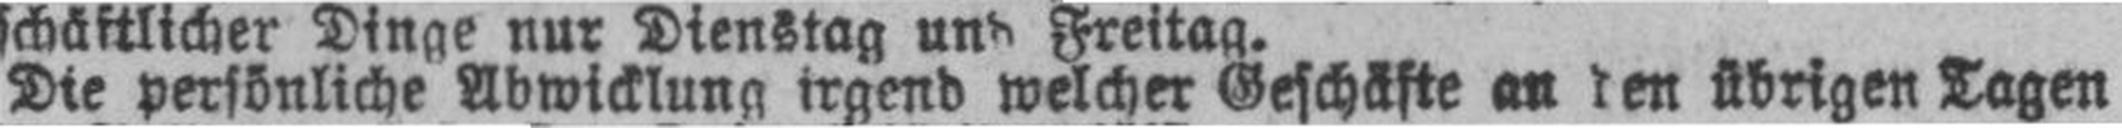
Die persönliche Abwicklung irgend welcher Geschäfte an den übrigen Tagen